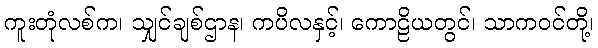
ကူးတုံလစ်က၊ သျှင်ချစ်ဌာန၊ ကပိလနှင့်၊ ကောဠိယတွင်၊ သာကဝင်တို့၊